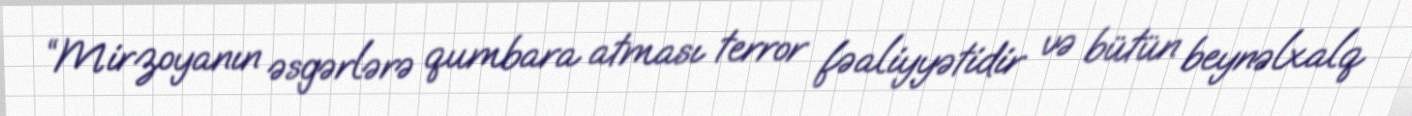
“Mirzoyanın əsgərlərə qumbara atması terror fəaliyyətidir və bütün beynəlxalq